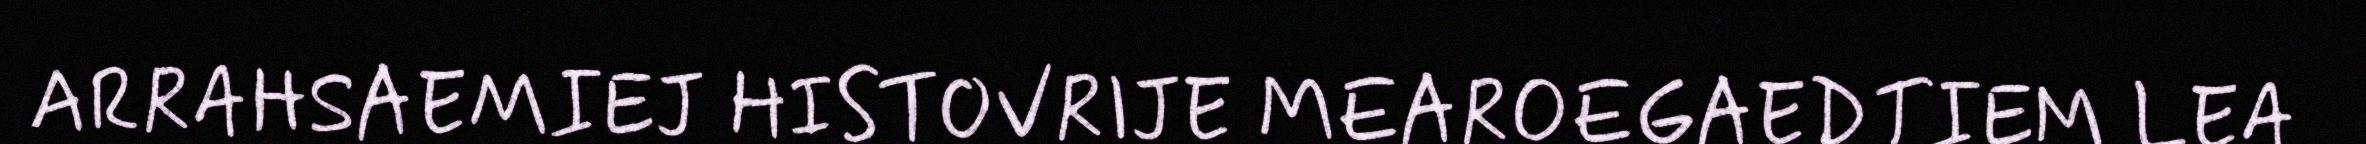
ARRAHSAEMIEJ HISTOVRIJE MEAROEGAEDTIEM LEA